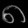
Digit: ၈